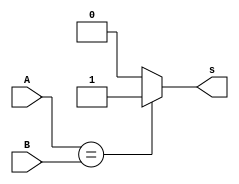
module comparator(A, B, s);
	input [3:0] A, B;
	output reg s;
	
	always @(A, B)
	begin
		if (A == B)
			s = 1;
		else
			s = 0;
	end
	
endmodule